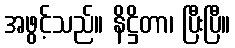
အဖွင့်သည်။ နိဋ္ဌိတာ၊ ပြီးပြီ။